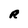
Character: R